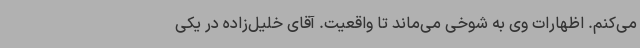
می‌کنم. اظهارات وی به شوخی می‌ماند تا واقعیت. آقای خلیل‌زاده در یکی